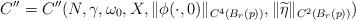
LaTeX: \begin{align*}C''=C''(N, \gamma, \omega_0, X, \| \phi (\cdot,0) \|_{C^4(B_r(p))}, \| \widetilde{\eta} \|_{C^2(B_r(p))})\end{align*}